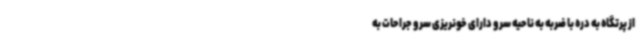
از پرتگاه به دره با ضربه به ناحیه سر و دارای خونریزی سر و جراحات به